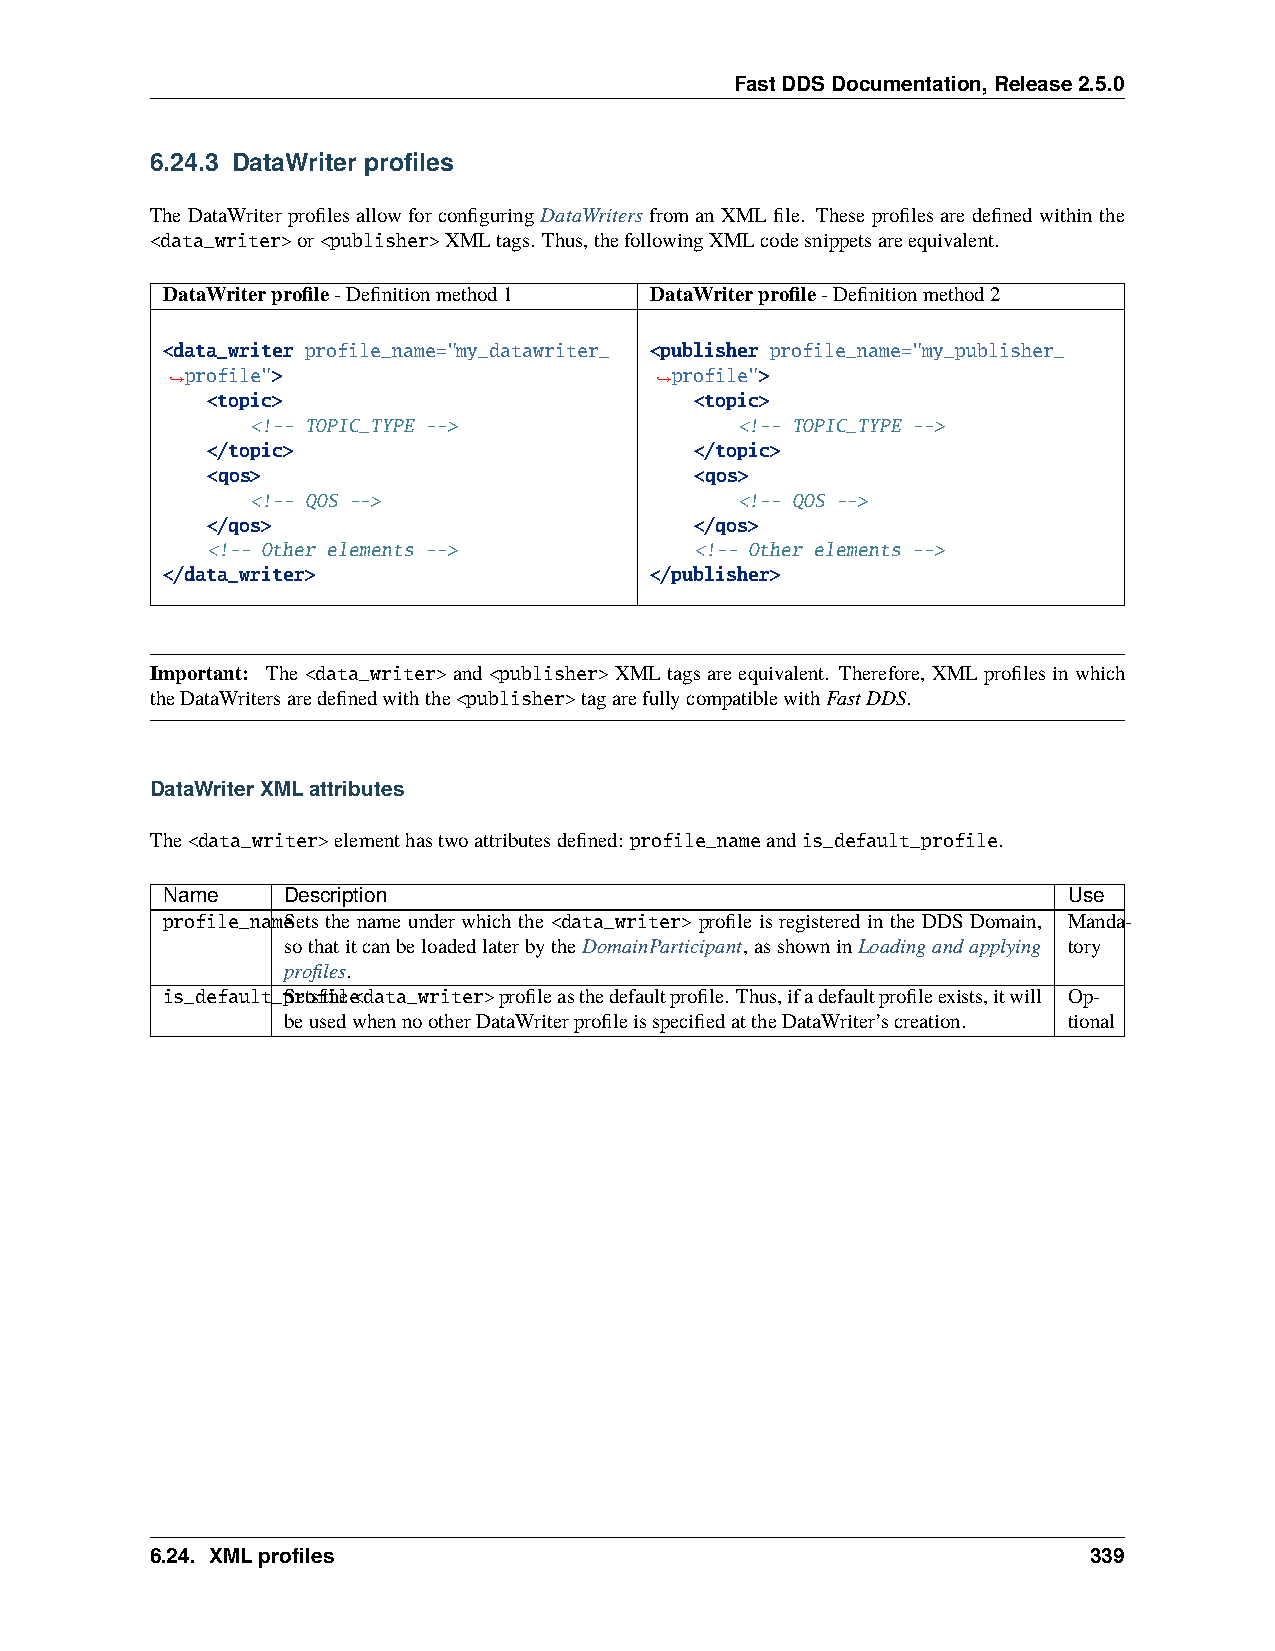
FastDDSDocumentation,Release2.5.0
 6.24.3 DataWriter profiles
 The DataWriter profiles allow for configuring DataWriters from an XML file. These profiles are defined within the
 <data_writer>or<publisher>XMLtags. Thus,thefollowingXMLcodesnippetsareequivalent.
 DataWriterprofile-Definitionmethod1 DataWriterprofile-Definitionmethod2
 <data_writer profile_name="my_datawriter_ <publisher profile_name="my_publisher_
 profile">                        profile">
 ˓→                              ˓→
 <topic>                         <topic>
 <!-- TOPIC_TYPE -->             <!-- TOPIC_TYPE -->
 </topic>                        </topic>
 <qos>                           <qos>
 <!-- QOS -->                    <!-- QOS -->
 </qos>                          </qos>
 <!-- Other elements -->         <!-- Other elements -->
 </data_writer>                  </publisher>
 Important: The <data_writer>and <publisher>XMLtagsareequivalent. Therefore, XMLprofilesinwhich
 theDataWritersaredefinedwiththe<publisher>tagarefullycompatiblewithFastDDS.
 DataWriterXMLattributes
 The<data_writer>elementhastwoattributesdefined: profile_nameandis_default_profile.
 Name    Description                                         Use
 profile_nameSets the name under which the <data_writer> profile is registered in the DDS Domain, Manda-
 sothatitcanbeloadedlaterbytheDomainParticipant,asshowninLoadingandapplying tory
 profiles.
 is_default_pSretosftihlee<data_writer>profileasthedefaultprofile. Thus,ifadefaultprofileexists,itwill Op-
 beusedwhennootherDataWriterprofileisspecifiedattheDataWriter’screation. tional
 6.24. XMLprofiles                                             339